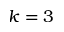
k = 3